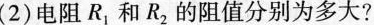
(2)电阻R_1和R_2的阻值分别为多大?